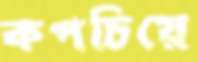
কপচিয়ে